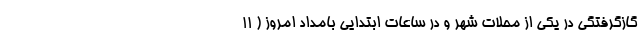
گازگرفتگی در یکی از محلات شهر و در ساعات ابتدایی بامداد امروز ( 11